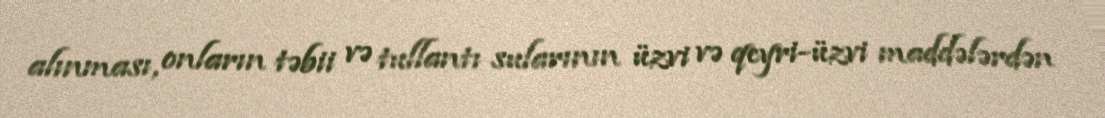
alınması, onların təbii və tullantı sularının üzvi və qeyri-üzvi maddələrdən